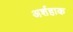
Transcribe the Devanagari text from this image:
अर्शहाक